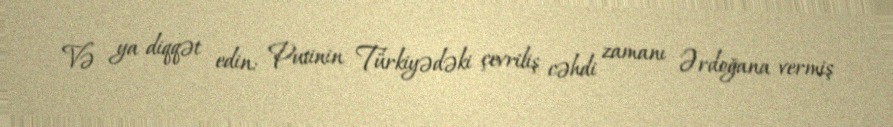
Və ya diqqət edin: Putinin Türkiyədəki çevriliş cəhdi zamanı Ərdoğana vermiş